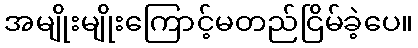
အမျိုးမျိုးကြောင့်မတည်ငြိမ်ခဲ့ပေ။